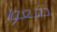
دفعوا